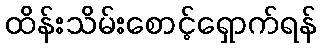
ထိန်းသိမ်းစောင့်ရှောက်ရန်